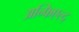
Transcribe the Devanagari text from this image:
अन्फिएल्द्